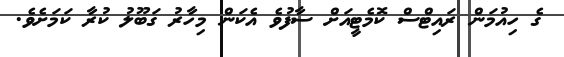
ގެ ހިއުމަން ރައިޓްސް ކޮމެޓީއަށް ސާފުވެ އެކަން މިހާރު ގަބޫލު ކުރާ ކަމަށެވެ.